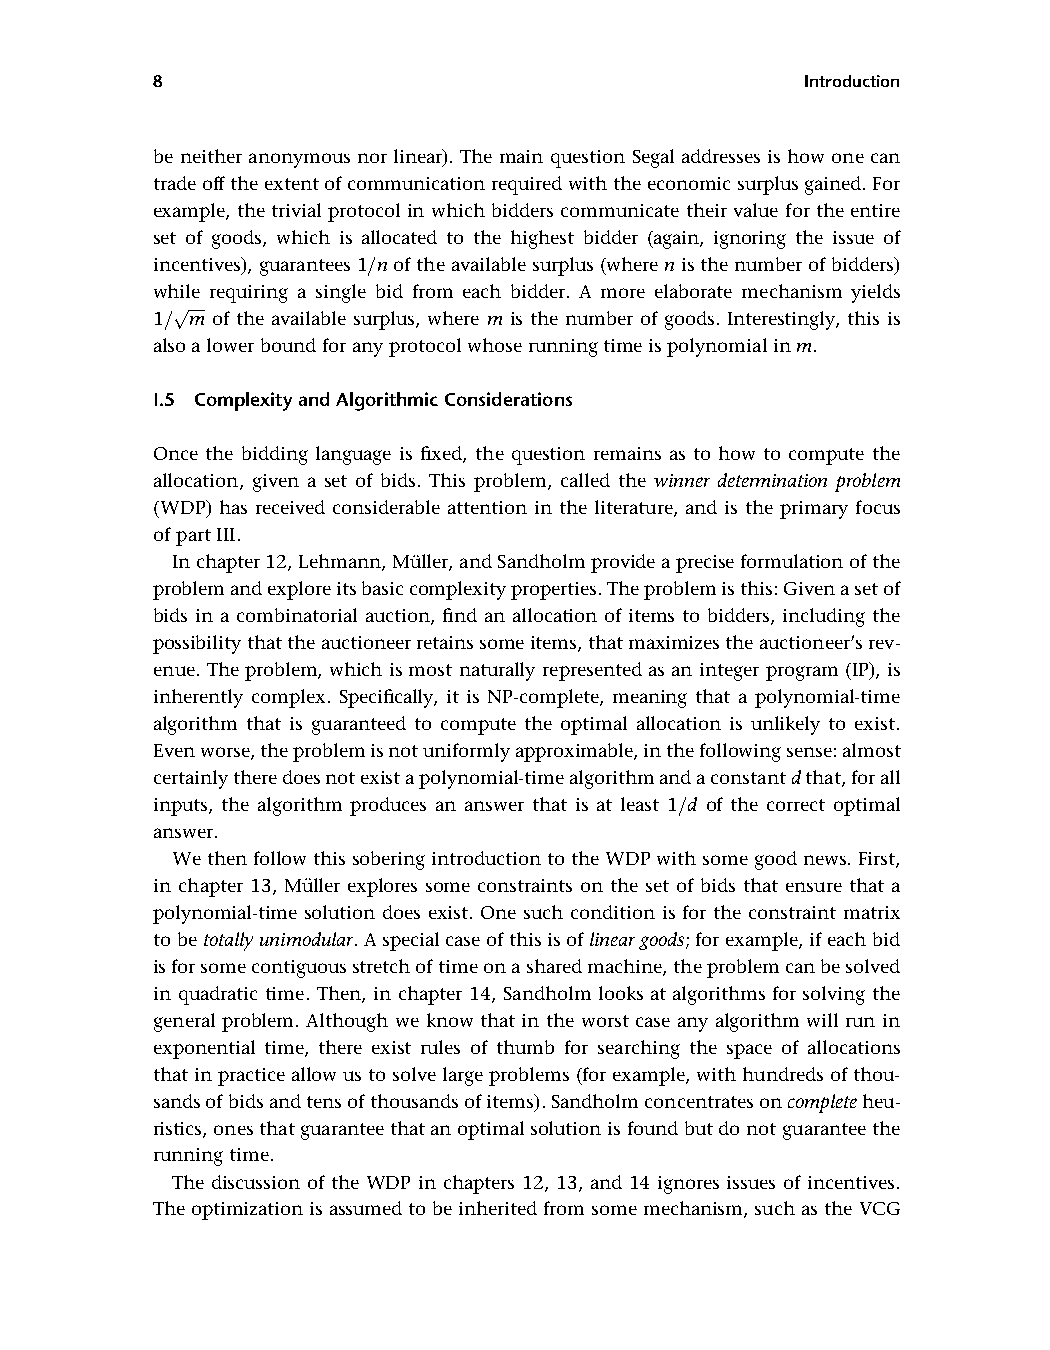
8                                          Introduction
 be neither anonymous nor linear). The main question Segal addresses is how one can
 tradeofftheextentofcommunicationrequiredwiththeeconomicsurplusgained.For
 example, the trivial protocol in which bidders communicate their value for the entire
 set of goods, which is allocated to the highest bidder (again, ignoring the issue of
 incentives),guarantees1=noftheavailablesurplus(wherenisthenumberofbidders)
 while requiring a single bid from each bidder. A more elaborate mechanism yields
 pffiffiffiffiffi
 1= m of the available surplus, where m is the number of goods. Interestingly, this is
 alsoalowerboundforanyprotocolwhoserunningtimeispolynomialinm.
 I.5 ComplexityandAlgorithmicConsiderations
 Once the bidding language is fixed, the question remains as to how to compute the
 allocation, given a set of bids. This problem, called the winner determination problem
 (WDP) has received considerable attention in the literature, and is the primary focus
 ofpartIII.
 Inchapter12,Lehmann,Mu¨ller,andSandholmprovideapreciseformulationofthe
 problemandexploreitsbasiccomplexityproperties.Theproblemisthis:Givenasetof
 bids in a combinatorial auction, find an allocation of items to bidders, including the
 possibilitythattheauctioneerretainssomeitems,thatmaximizestheauctioneer’srev-
 enue. The problem, which is most naturally represented asan integer program (IP), is
 inherently complex. Specifically, it is NP-complete, meaning that a polynomial-time
 algorithm that is guaranteed to compute the optimal allocation is unlikely to exist.
 Evenworse,theproblemisnotuniformlyapproximable,inthefollowingsense:almost
 certainlytheredoesnotexistapolynomial-timealgorithmandaconstantdthat,forall
 inputs, the algorithm produces an answer that is at least 1=d of the correct optimal
 answer.
 Wethenfollowthissobering introduction totheWDPwithsome goodnews. First,
 in chapter 13, Mu¨ller explores some constraints on the set of bids that ensure that a
 polynomial-time solution does exist. One such condition is for the constraint matrix
 tobetotallyunimodular.Aspecialcaseofthisisoflineargoods;forexample,ifeachbid
 isforsomecontiguousstretchoftimeonasharedmachine,theproblemcanbesolved
 in quadratic time. Then, in chapter 14, Sandholm looks at algorithms for solving the
 general problem. Although we know that in the worst case any algorithm will run in
 exponential time, there exist rules of thumb for searching the space of allocations
 thatinpracticeallowustosolvelargeproblems(forexample,withhundredsofthou-
 sandsofbidsandtensofthousandsofitems).Sandholmconcentratesoncompleteheu-
 ristics,onesthatguaranteethatanoptimalsolutionisfoundbutdonotguaranteethe
 runningtime.
 The discussion of the WDP in chapters 12, 13, and 14 ignores issues of incentives.
 Theoptimizationisassumedtobeinheritedfromsome mechanism,suchastheVCG